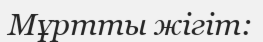
Мұртты жігіт: